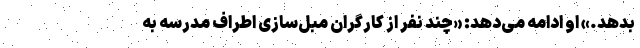
بدهد.» او ادامه می‌دهد: «چند نفر از کارگران مبل‌سازی اطراف مدرسه به